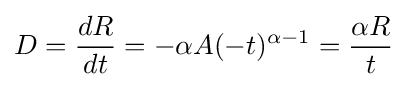
D={\frac {dR}{dt}}=-\alpha A(-t)^{\alpha -1}={\frac {\alpha R}{t}}